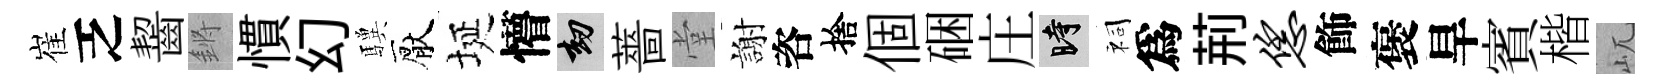
崔乏齧鏘慣幻驥厭埏懵劫薔堂謝咨捨個硱庄时祠爲荊恁飾褒旱賓楷屼